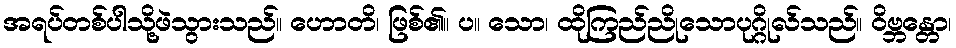
အရပ်တစ်ပါသို့ဖဲသွားသည်။ ဟောတိ၊ ဖြစ်၏။ ပ။ သော၊ ထိုကြည်ညိုသောပုဂ္ဂိုလ်သည်။ ဝိဗ္ဘန္တော၊